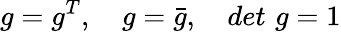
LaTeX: g=g^{T},\quad g=\bar{g},\quad det\, \, g=1